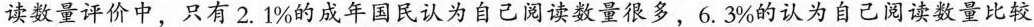
读数量评价中，只有2.1%的成年国民认为自己阅读数量很多，6.3%的认为自己阅读数量比较